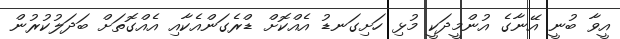
އީވާ ބުނީ އޭނާގެ އުންމީދަކީ މުޅި ހަށިގަނޑު އެއްކޮށް ޑްރެގަންއެކާއި އެއްގޮތަށް ބަދަލުކުރުން